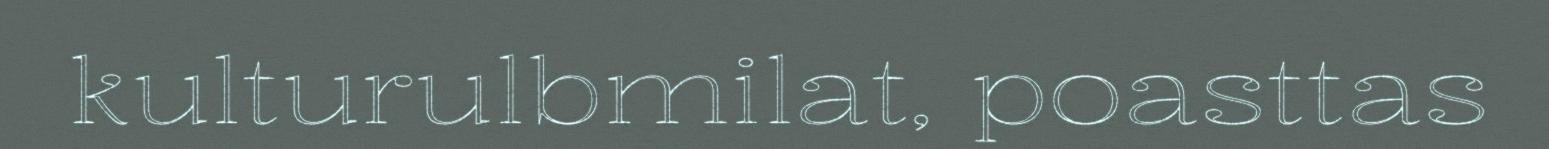
kulturulbmilat, poasttas